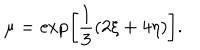
LaTeX: \mu = \exp \left[ \frac { 1 } { 3 } ( 2 \xi + 4 \eta ) \right] .